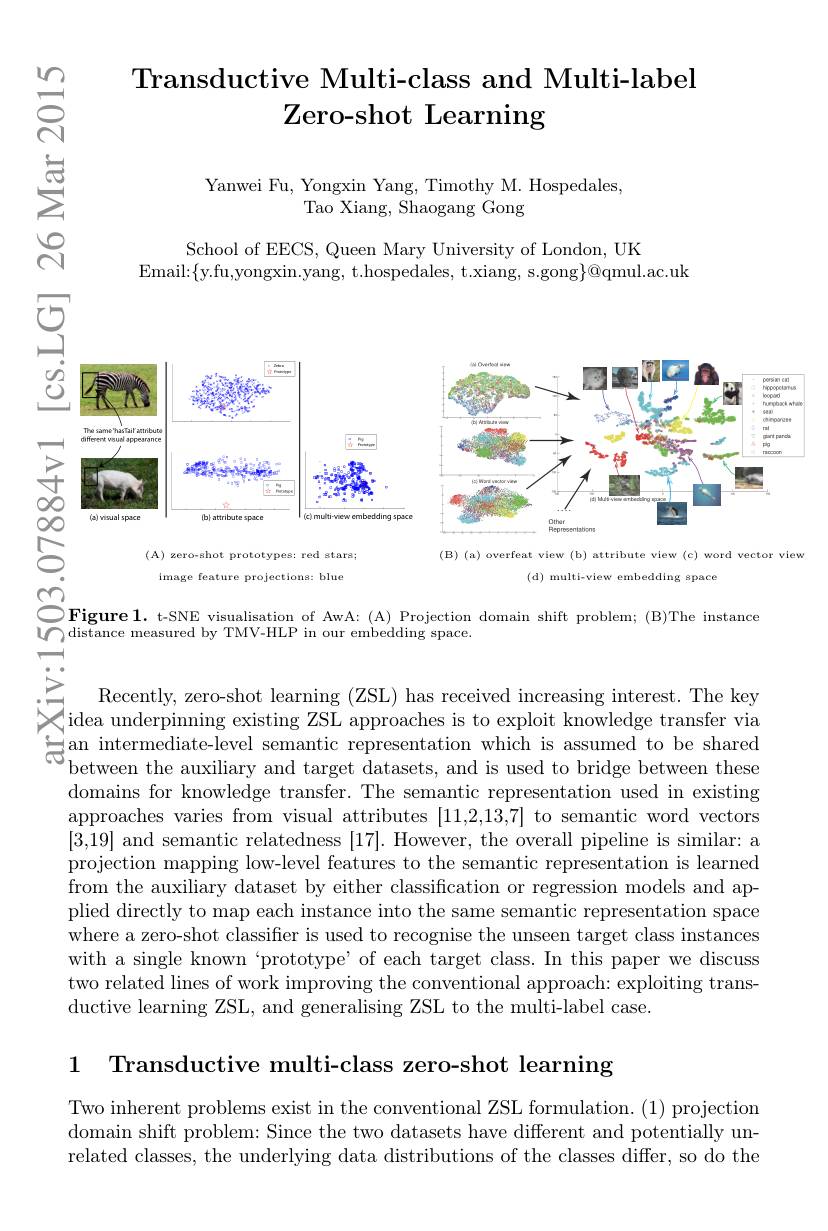
## Transductive Multi-class and Multi-label Zero- shot Learning

$ਛਿੰ$

Yanwei Fu, Yongxin Yang, Timothy M. Hospedales,
Tao Xiang, Shaogang Gong

$సి$

School of EECS, Queen Mary University of London, UK
Email:$\{$y.fu,yongxin.yang, t.hospedales, t.xiang, s.gong$\}@$qmul.ac.uk

$\textcircled{1}$

<FigureHere>
(A) zero-shot prototypes: red stars;

(B) (a) overfeat view (b) attribute view (c) word vector view
(d) multi-view embedding space

image feature projections: blue
$\overset{\textcircled{7}}{\operatorname*{\operatorname*{\operatorname*{\operatorname*{\operatorname*{\operatorname*{\sum}}}}}}}$Figure 1. t-SNE visualisation of AwA: (A) Projection domain shift problem; (B)The instance

$୧਼$

$\bigcup_{\text{distance measured by TMV-HLP in our embedding space.}}$

$\sum_{\begin{array}{c}\mathrm{Recently,~zero-shot~learning~(ZSL)~has~received~increasing~interest.~The~key}\\\mathrm{idea~underpinning~existing~ZSL~approaches~is~to~exploit~knowledge~transfer~via}\end{array}}$ $\underset{\text{ceshan intermediate-level semantic representation which is assumed to be shared}}{\operatorname*{\operatorname*{\text{intermediate-level semantic representation which is assumed to be shared}}}}$
between the auxiliary and target datasets, and is used to bridge between these domains for knowledge transfer. The semantic representation used in existing approaches varies from visual attributes [11,2,13,7] to semantic word vectors [3,19] and semantic relatedness [17]. However, the overall pipeline is similar: a projection mapping low-level features to the semantic representation is learned from the auxiliary dataset by either classification or regression models and applied directly to map each instance into the same semantic representation space where a zero-shot classifier is used to recognise the unseen target class instances with a single known ‘prototype’ of each target class. In this paper we discuss two related lines of work improving the conventional approach: exploiting transductive learning ZSL, and generalising ZSL to the multi-label case.

1 Transductive multi-class zero-shot learning

Two inherent problems exist in the conventional ZSL formulation. (1) projection domain shift problem: Since the two datasets have different and potentially unrelated classes, the underlying data distributions of the classes differ, so do the